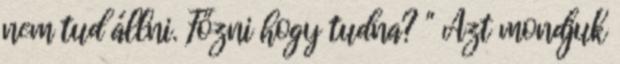
nem tud állni. Főzni hogy tudna? " Azt mondjuk